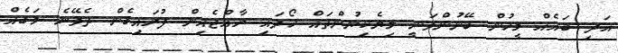
އަދި ބައެއް މީހުން ބޭނުންވަނީ ލިޔެކިޔުންތައް ހޯދައި ރާއްޖެއިން ފުރައިގެން ދެވޭނެ މަގެއް